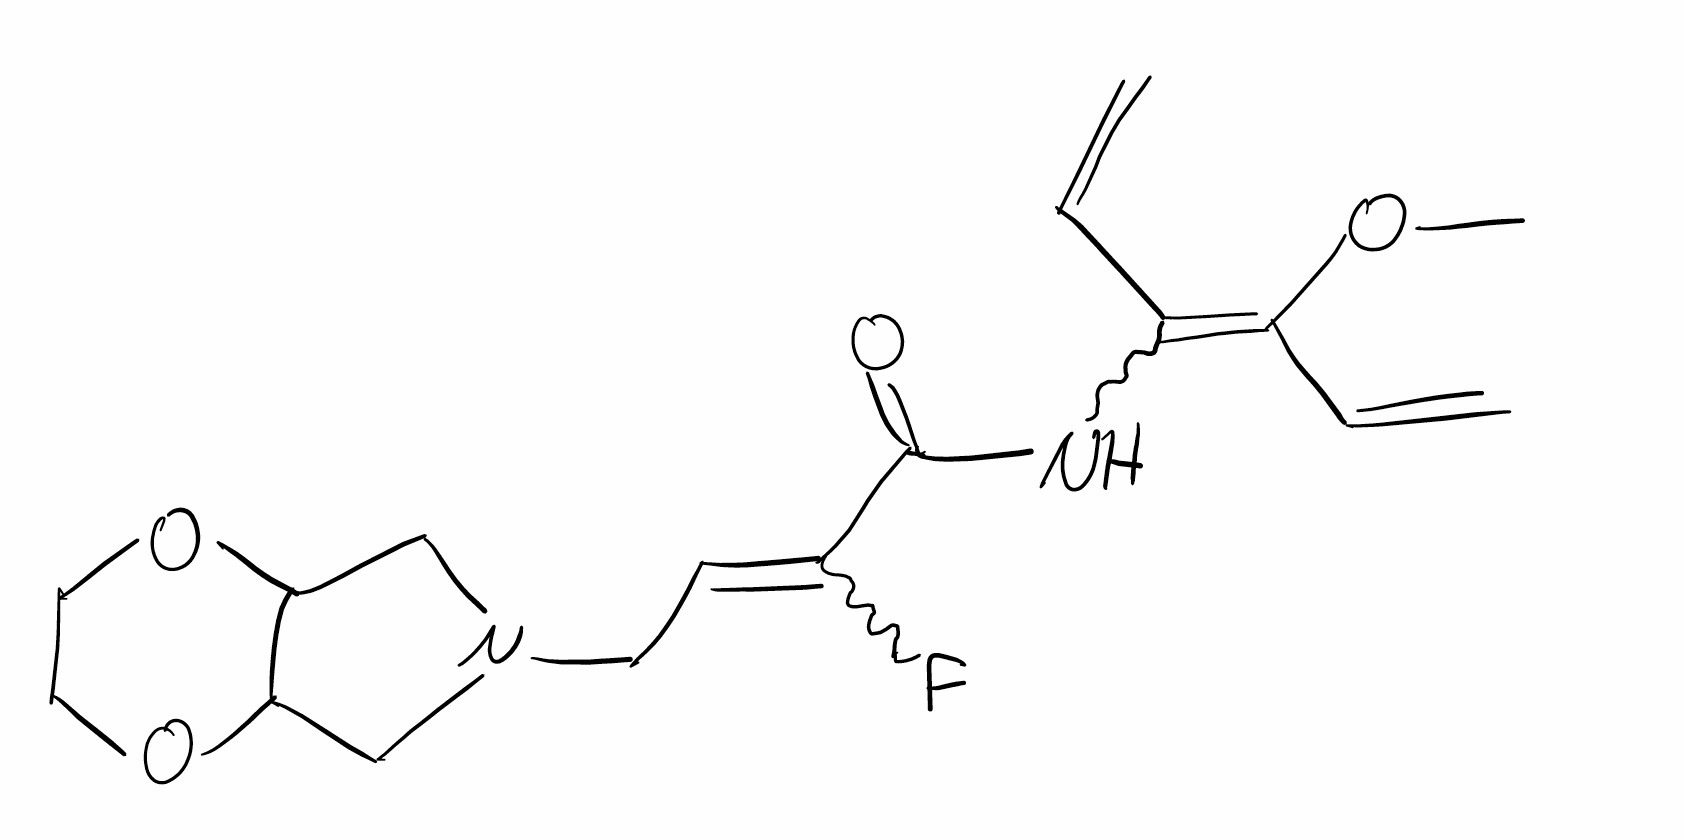
Simplified molecular-input line-entry system (SMILES) notation of the given molecule:
COC(=C(C=C)NC(=O)C(=CCN1CC2C(C1)OCCO2)F)C=C